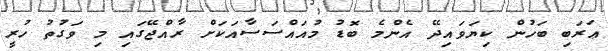
ޢަރަބި ބަހުން ކިޔަވައިދޭ އެންމެ ބޮޑު މުއައްސަސާއަކަށް ރާއްޖޭގައި މި ވަގުތު ހުރީ